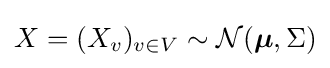
X=(X_{v})_{v\in V}\sim {\mathcal {N}}({\boldsymbol {\mu }},\Sigma )